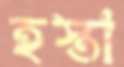
হস্তা